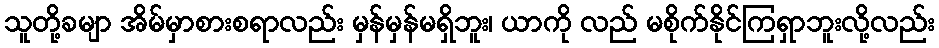
သူတို့ခမျာ အိမ်မှာစားစရာလည်း မှန်မှန်မရှိဘူး၊ ယာကို လည် မစိုက်နိုင်ကြရှာဘူးလို့လည်း